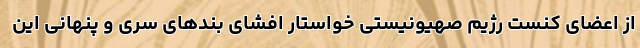
از اعضای کنست رژیم صهیونیستی خواستار افشای بندهای سری و پنهانی این